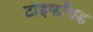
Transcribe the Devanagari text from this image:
टाइफॉयड